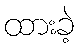
ထားခဲ့